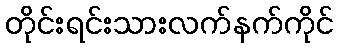
တိုင်းရင်းသားလက်နက်ကိုင်